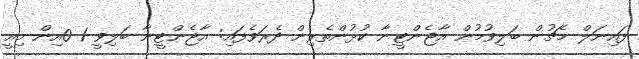
ފައިނަލް މެޗުން ބަލިވުމުން އާޖެންޓީނާ ކުޅުންތެރިން ދެރަވެފައި: އާޖެންޓީނާ ބަލިވީ 1-0އިން މިއީ